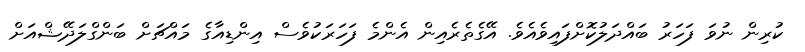
ކުރިން ނުވަ ފަހަރު ބައްދަލުކޮށްފައިވެއެވެ. އޭގެތެރެއިން އެންމެ ފަހަރަކުވެސް އިންޑިއާގެ މައްޗަށް ބަންގްލަދޭޝްއަށް